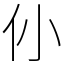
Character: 仦